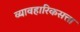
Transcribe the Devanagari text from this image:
व्यावहारिकसत्ता